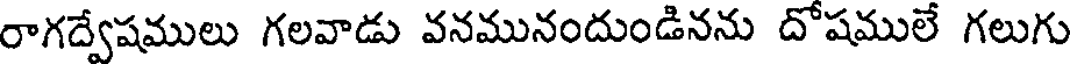
రాగద్వేషములు గలవాడు వనమునందుండినను దోషములే గలుగు